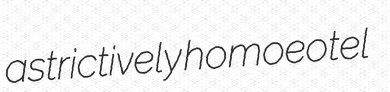
astrictively homoeotel